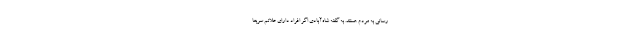
رسانی به مردم هستند. به گفته شاه‌آبادی اگر افراد دارای علائم سریعا